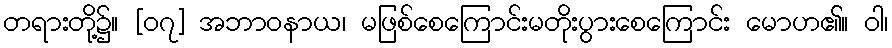
တရားတို့၌။ [၀၇] အဘာဝနာယ၊ မဖြစ်စေကြောင်းမတိုးပွားစေကြောင်း မောဟ၏။ ဝါ၊